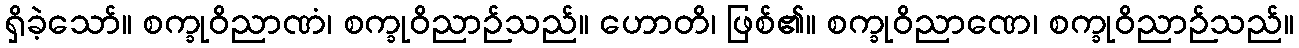
ရှိခဲ့သော်။ စက္ခုဝိညာဏံ၊ စက္ခုဝိညာဉ်သည်။ ဟောတိ၊ ဖြစ်၏။ စက္ခုဝိညာဏေ၊ စက္ခုဝိညာဉ်သည်။